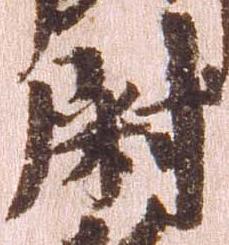
尉